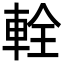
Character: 輇